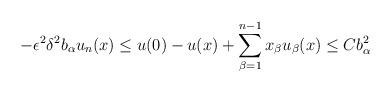
LaTeX: \begin{align*}- \epsilon^2 \delta^2 b_{\alpha} u_n (x) \leq u(0) - u(x) + \sum_{\beta = 1}^{n-1} x_\beta u_\beta (x) \leq C b_\alpha^2\end{align*}